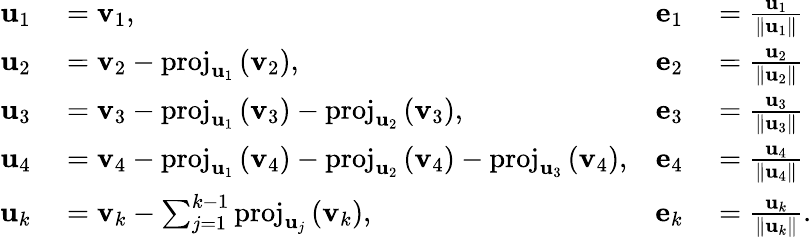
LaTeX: \begin{array}{rlrl}{\mathbf{u}_{1}}&{{}=\mathbf{v}_{1},}&{\mathbf{e}_{1}}&{{}={\frac{\mathbf{u}_{1}}{\| \mathbf{u}_{1}\| }}}\\ {\mathbf{u}_{2}}&{{}=\mathbf{v}_{2}-\mathrm{proj}_{\mathbf{u}_{1}}\, (\mathbf{v}_{2}),}&{\mathbf{e}_{2}}&{{}={\frac{\mathbf{u}_{2}}{\| \mathbf{u}_{2}\| }}}\\ {\mathbf{u}_{3}}&{{}=\mathbf{v}_{3}-\mathrm{proj}_{\mathbf{u}_{1}}\, (\mathbf{v}_{3})-\mathrm{proj}_{\mathbf{u}_{2}}\, (\mathbf{v}_{3}),}&{\mathbf{e}_{3}}&{{}={\frac{\mathbf{u}_{3}}{\| \mathbf{u}_{3}\| }}}\\ {\mathbf{u}_{4}}&{{}=\mathbf{v}_{4}-\mathrm{proj}_{\mathbf{u}_{1}}\, (\mathbf{v}_{4})-\mathrm{proj}_{\mathbf{u}_{2}}\, (\mathbf{v}_{4})-\mathrm{proj}_{\mathbf{u}_{3}}\, (\mathbf{v}_{4}),}&{\mathbf{e}_{4}}&{{}={\frac{\mathbf{u}_{4}}{\| \mathbf{u}_{4}\| }}}\\ {\mathbf{u}_{k}}&{{}=\mathbf{v}_{k}-\sum_{j=1}^{k-1}\mathrm{proj}_{\mathbf{u}_{j}}\, (\mathbf{v}_{k}),}&{\mathbf{e}_{k}}&{{}={\frac{\mathbf{u}_{k}}{\| \mathbf{u}_{k}\| }}.}\end{array}